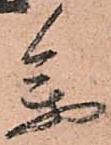
参